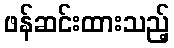
ဖန်ဆင်းထားသည့်